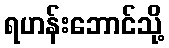
ရဟန်းဘောင်သို့